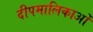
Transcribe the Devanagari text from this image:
दीपमालिकाओं